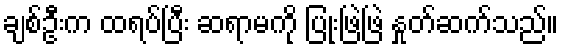
ချစ်ဦးက ထရပ်ပြီး ဆရာမကို ပြုံးဖြဲဖြဲ နှုတ်ဆက်သည်။